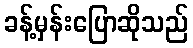
ခန့်မှန်းပြောဆိုသည်